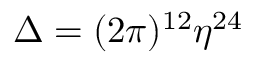
\Delta = ( 2 \pi ) ^ { 1 2 } \eta ^ { 2 4 }